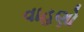
વાહણો